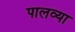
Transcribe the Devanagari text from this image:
पालव्या